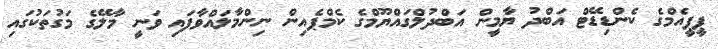
ޕީޕީއެމްގެ ކެންޑިޑޭޓް އަބްދު ޔާމީން އަބްދުލްގައްޔޫމްގެ ކެމްޕެއިން ނިންމާލައްވާފައި ވަނީ މާލޭގެ މަގުތަކުގައި